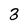
Character: 3